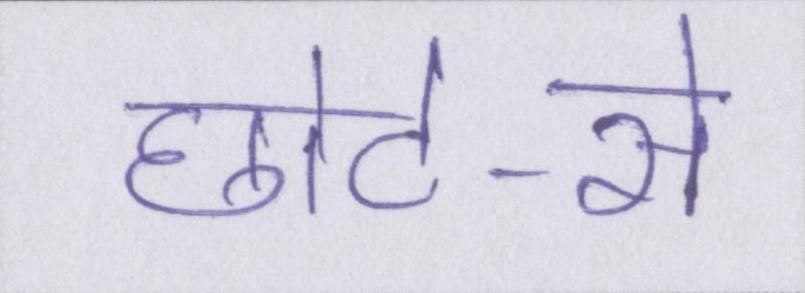
छोटे-से